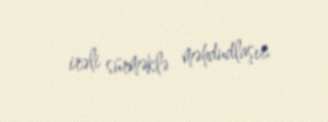
irəli sürməklə məhdudlaşır.